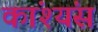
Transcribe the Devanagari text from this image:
कांश्यंस